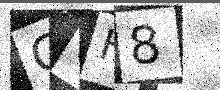
Text: C1H8